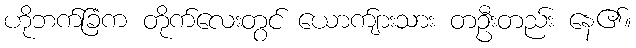
ဟိုဘက်ခြံက တိုက်လေးတွင် ယောက်ျားသား တဦးတည်း နေ၏။